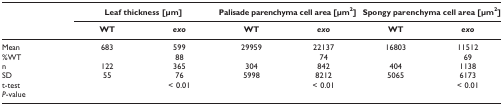
|  | <COLSPAN=2> Leaf thickness [μm] | <COLSPAN=2> Palisade parenchyma cell area [μm2] | <COLSPAN=2> Spongy parenchyma cell area [μm2] |
 | --- | --- | --- | --- | --- | --- | --- |
 |  | WT | exo | WT | exo | WT | exo |
 | Mean | 683 | 599 | 29959 | 22137 | 16803 | 11512 |
 | %WT |  | 88 |  | 74 |  | 69 |
 | n | 122 | 365 | 304 | 842 | 404 | 1138 |
 | SD | 55 | 76 | 5998 | 8212 | 5065 | 6173 |
 | t-test |  | < 0.01 |  | < 0.01 |  | < 0.01 |
 | P-value |  |  |  |  |  |  |